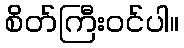
စိတ်ကြီးဝင်ပါ။